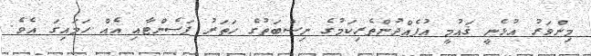
މިންވަރު އުޅެނީ ޤައުމީ އުފެއްދުންތެރިކަމުގެ ނިސްބަތުގެ ހަތަރު ޕަސެންޓާއި އެއް ހަމައިގަ އެވެ.